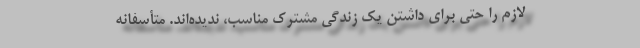
لازم را حتی برای داشتن یک زندگی مشترک مناسب، ندیده‌اند. متأسفانه